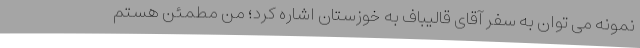
نمونه می توان به سفر آقای قالیباف به خوزستان اشاره کرد؛ من مطمئن هستم